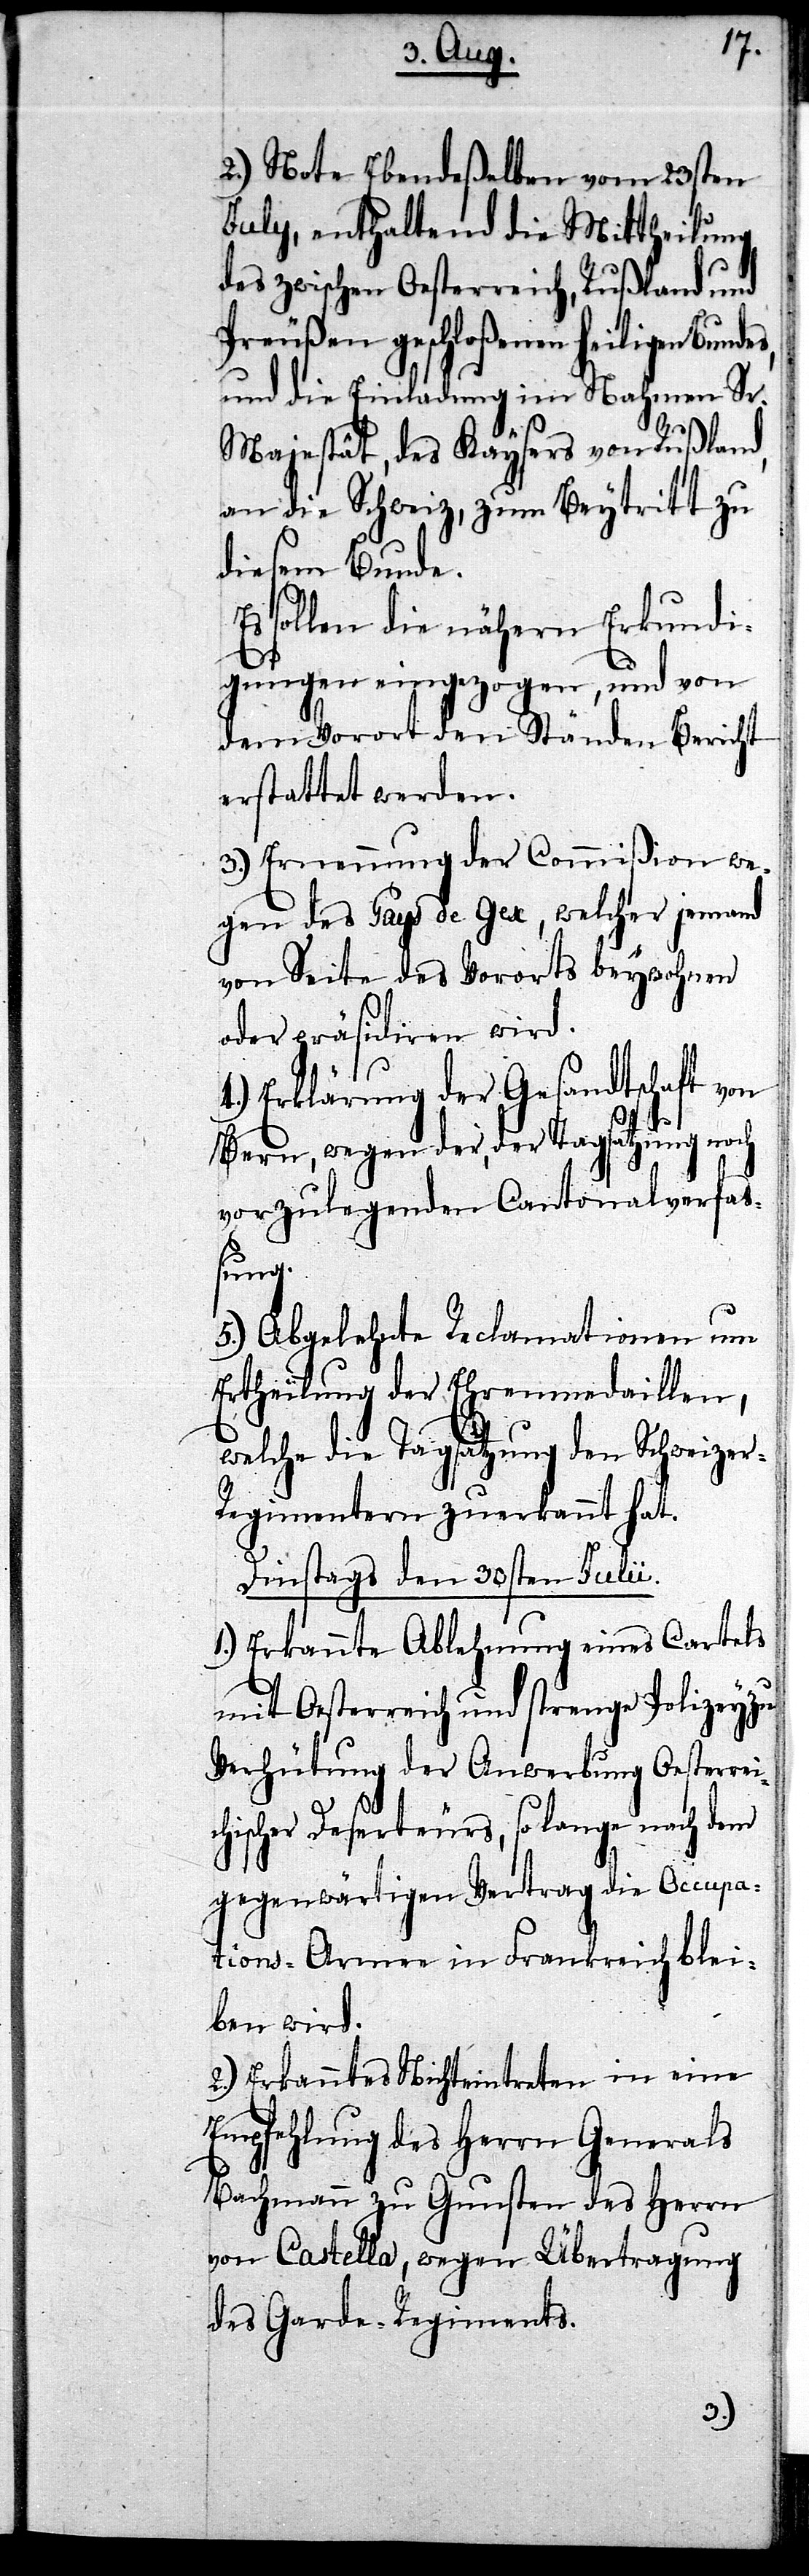
2.) Note Ebendeßelben vom 23sten
July, enthaltend die Mittheilung
des zwischen Oesterreich, Rußland und
Preußen geschloßenen heiligen Bunde¬
und die Einladung im Nahmen Sr.
Majestät, des Kaysers von Rußland,
an die Schweiz, zum Beytritt zu
diesem Bunde.
Es sollen die nähern Erkundi¬
gungen eingezogen, und von
dem Vorort den Ständen Bericht
erstattet werden.
3.) Ernennung der Commißion we¬
gen des Pays de Gex, welcher jemand
von Seite des Vororts beywohnen
oder präsidiren wird.
Erklärung der Gesandtschaft von
s,
Bern, wegen der, der Tagsatzung noch
vorzulegenden Cantonalverfaß¬
ung.
5.) Abgelehnte Reclamationen um
Ertheilung der Ehrenmedaillen,
welche die Tagsatzung den Schweizer-R¬
egimentern zuerkannt hat.
Dinstags den 30sten Julii.
1. Erkannte Ablehnung eines Cartels
mit Oesterreich und strenge Polizey zu
Verhütung der Anwerbung Oesterrei¬
chischer Deserteurs, so lange nach dem
gegenwärtigen Vertrag die Occupa¬
tions-Armee in Frankreich blei¬
ben wird.
2.) Erkanntes Nichteintreten in eine
Empfehlung des Herrn Generals
Bachmann zu Gunsten des Herrn
von Castella, wegen Übertragung
des Garde-Regiments.